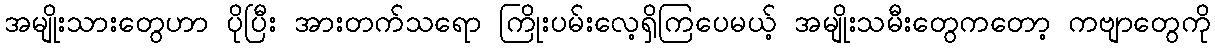
အမျိုးသားတွေဟာ ပိုပြီး အားတက်သရော ကြိုးပမ်းလေ့ရှိကြပေမယ့် အမျိုးသမီးတွေကတော့ ကဗျာတွေကို